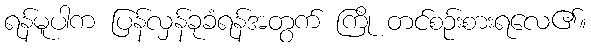
ရန်မူပါက ပြန်လှန်ခုခံရန်အတွက် ကြို တင်စဉ်းစားရလေ၏။